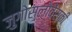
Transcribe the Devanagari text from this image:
जुगोस्लोवेंस्की